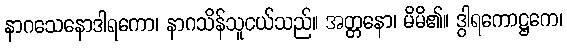
နာဂသေနောဒါရကော၊ နာဂသိန်သူငယ်သည်။ အတ္တနော၊ မိမိ၏။ ဒွါရကောဋ္ဌကေ၊